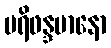
ပရိဖန္ဒမာနော